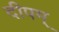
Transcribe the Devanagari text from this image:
दीपम्